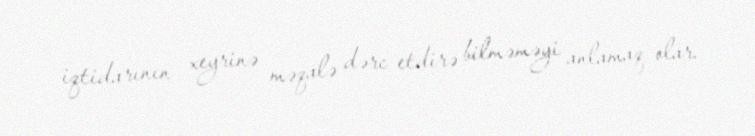
iqtidarının xeyrinə məqalə dərc etdirə bilməməyi anlamaq olar.